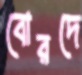
বোরদে